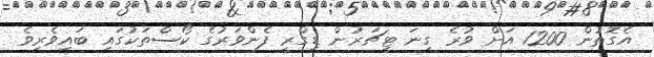
އެގޮތުން 1200 އަށް ވުރެ ގިނަ ޓީޗަރުން ޑިގްރީ ފެންވަރުގެ ކޯސްތަކުގައި ބައިވެރިވެ